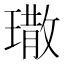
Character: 𤩀